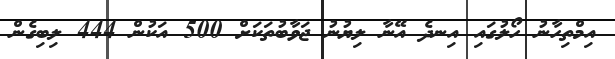
އިމްތިހާނު ހޯލުގައި އިނދެ އޭނާ ލިޔުނު ޖަވާބުތަކަށް 500 އަކުން 444 ލިބިގެން